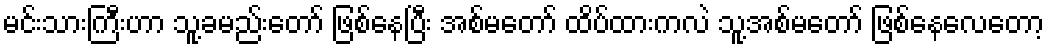
မင်းသားကြီးဟာ သူ့ခမည်းတော် ဖြစ်နေပြီး အစ်မတော် ထိပ်ထားကလဲ သူ့အစ်မတော် ဖြစ်နေလေတော့